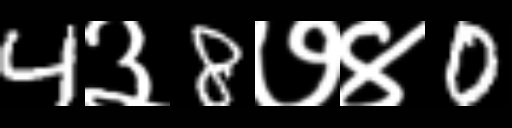
Text: 4३8७४0